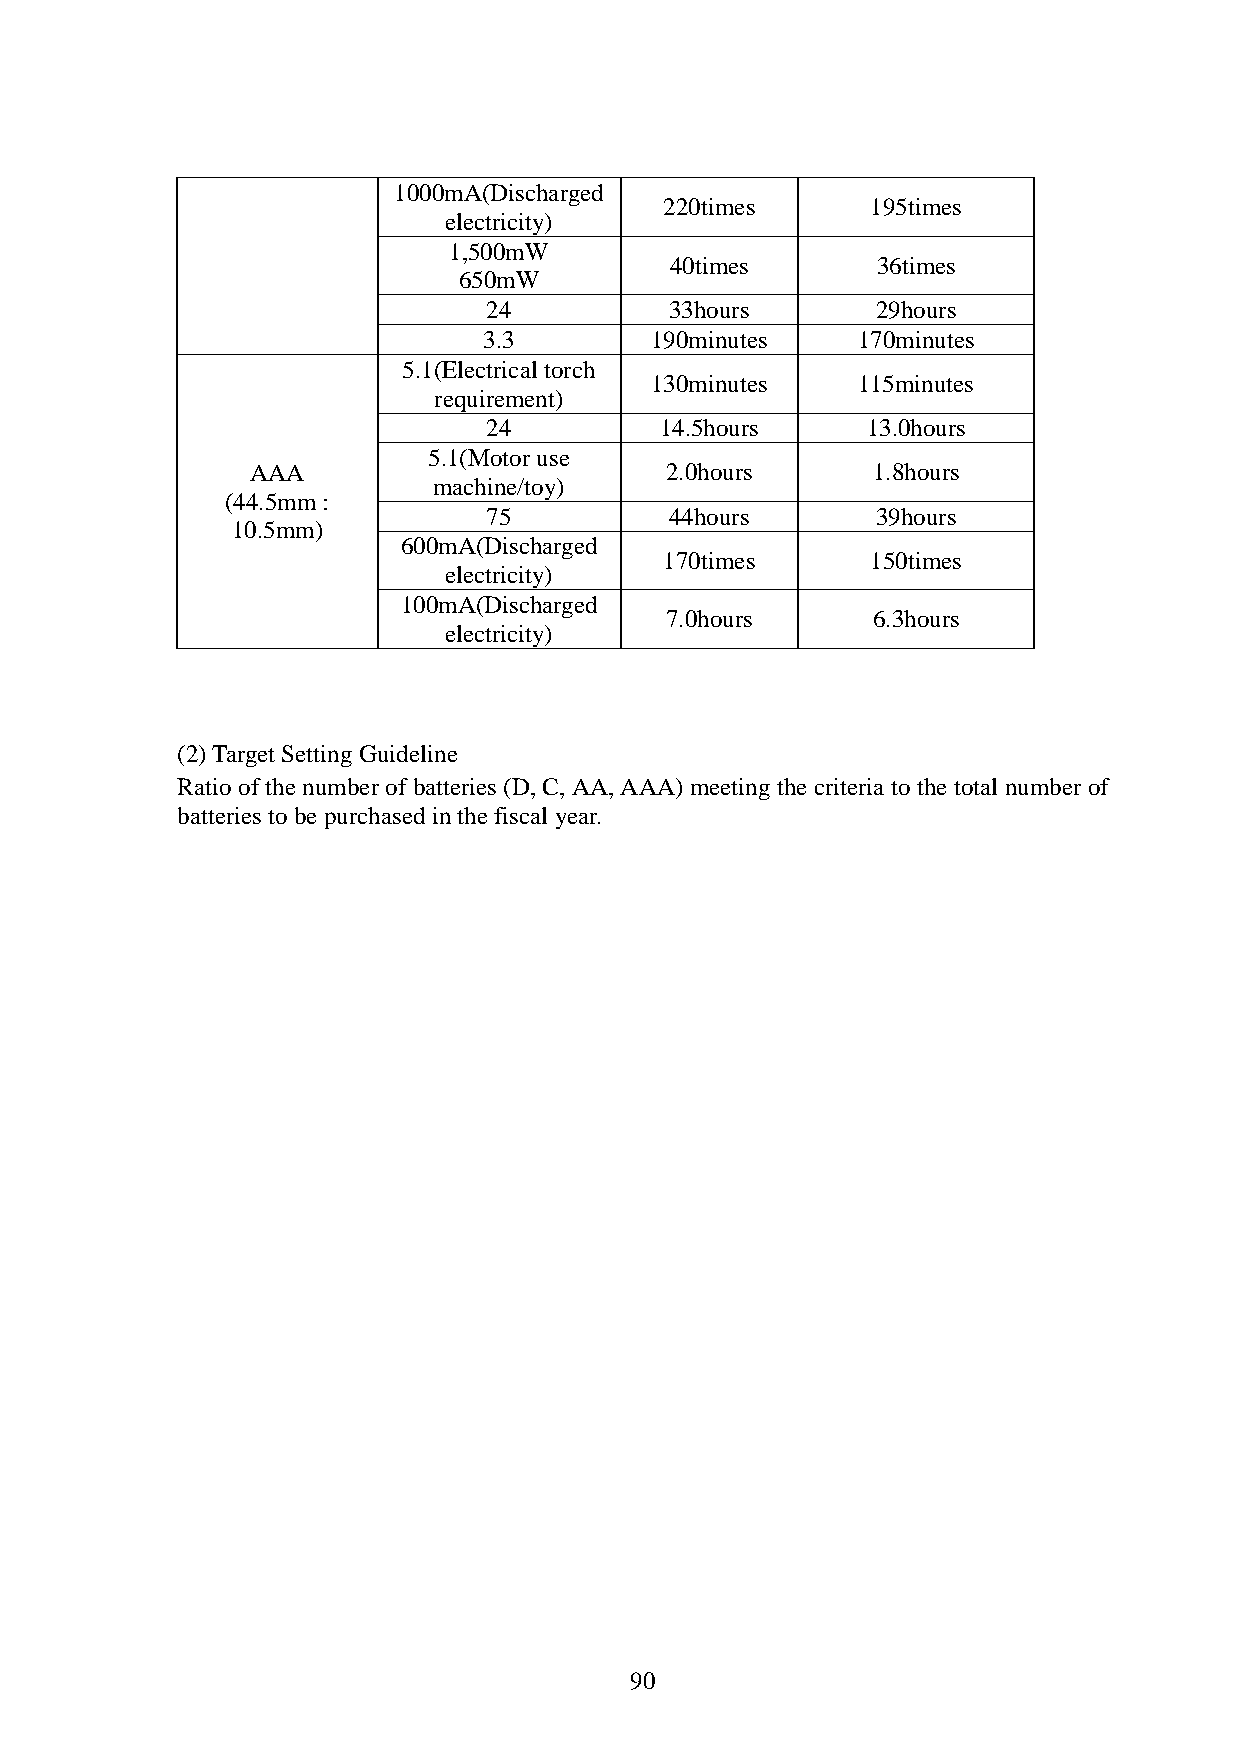
1000mA(Discharged
 220times      195times
 electricity)
 1,500mW
 40times       36times
 650mW
 24          33hours       29hours
 3.3        190minutes    170minutes
 5.1(Electrical torch
 130minutes    115minutes
 requirement)
 24          14.5hours    13.0hours
 5.1(Motor use
 AAA                        2.0hours      1.8hours
 machine/toy)
 (44.5mm :
 75          44hours       39hours
 10.5mm)
 600mA(Discharged
 170times      150times
 electricity)
 100mA(Discharged
 7.0hours      6.3hours
 electricity)
 (2) Target Setting Guideline
 Ratio of the number of batteries (D, C, AA, AAA) meeting the criteria to the total number of
 batteries to be purchased in the fiscal year.
 90